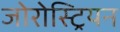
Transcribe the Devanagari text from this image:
जोरोस्ट्रियन